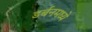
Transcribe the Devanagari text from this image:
डर्बनमध्ये